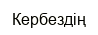
Кербездің